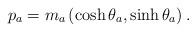
LaTeX: \begin{align*}p_{a}=m_{a}\left(\cosh\theta_{a},\sinh\theta_{a}\right).\end{align*}